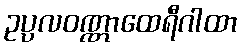
ဥပ္ပလဝဏ္ဏာထေရီဂါထာ